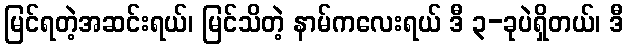
မြင်ရတဲ့အဆင်းရယ်၊ မြင်သိတဲ့ နာမ်ကလေးရယ် ဒီ ၃-ခုပဲရှိတယ်၊ ဒီ